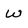
Character: W